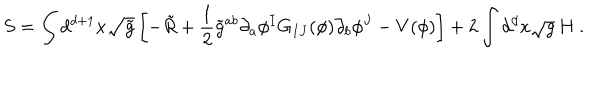
LaTeX: S = \int d ^ { d + 1 } x \sqrt { \tilde { g } } \left[ - \tilde { R } + \frac 1 2 \tilde { g } ^ { a b } \partial _ { a } \phi ^ { I } G _ { I J } ( \phi ) \partial _ { b } \phi ^ { J } - V ( \phi ) \right] + 2 \int d ^ { d } x \sqrt { g } \, H ~ .